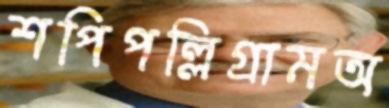
শপিপল্লিগ্রামঅ